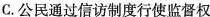
C.公民通过信访制度行使监督权